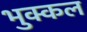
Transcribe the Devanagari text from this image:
भुक्कल